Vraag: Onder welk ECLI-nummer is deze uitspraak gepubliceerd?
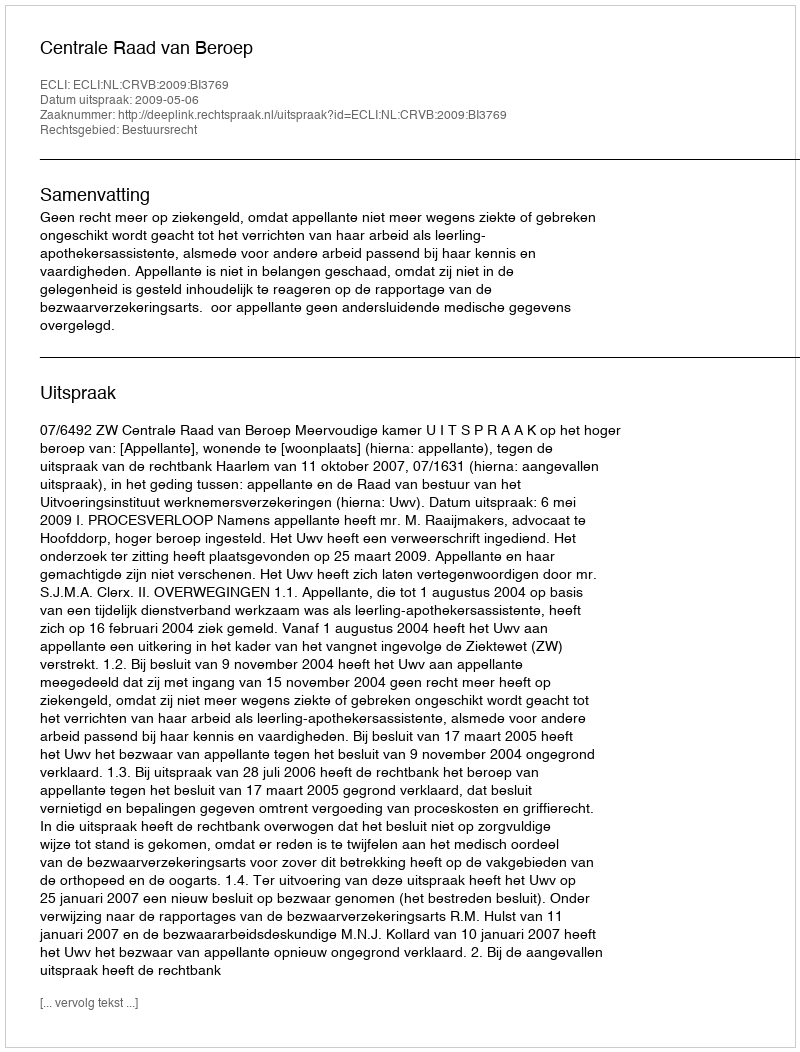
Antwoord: ECLI:NL:CRVB:2009:BI3769